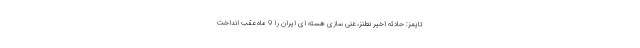
تایمز: حادثه اخیر نطنز، غنی سازی هسته ای ایران را 9 ماه عقب انداخت